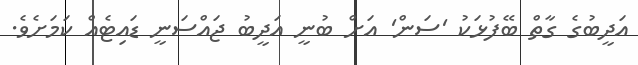
އަދީބުގެ ގާތް ބޭފުޅަކު 'ސަން' އަށް ބުނީ އަދީބު ޖައްސަނީ ޑައިޓެއް ކަމަށެވެ.